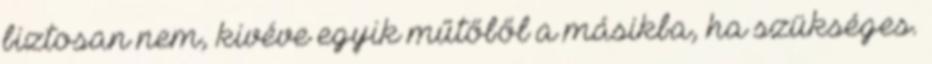
biztosan nem, kivéve egyik műtőből a másikba, ha szükséges.